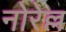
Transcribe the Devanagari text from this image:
नोरेल्ल